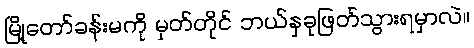
မြို့တော်ခန်းမကို မှတ်တိုင် ဘယ်နှခုဖြတ်သွားရမှာလဲ။